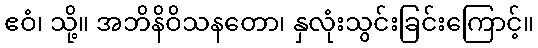
ဧဝံ၊ သို့။ အဘိနိဝိသနတော၊ နှလုံးသွင်းခြင်းကြောင့်။